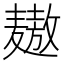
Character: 𲎓